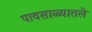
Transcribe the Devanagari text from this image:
पावसाळ्यातले